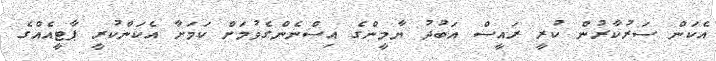
އެކަން ސަރުކާރުން ކުރީ ރައީސް އަބުދު ޔާމީންގެ އިސްނެންގެވުމަށް ކަމަށާ އެކަންކުރީ ޕާޓީއެއްގެ